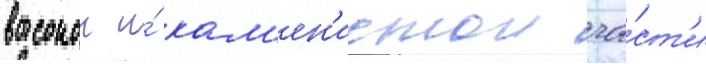
высокои и́ кам'ен'истои ча́ст'и